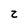
Character: z